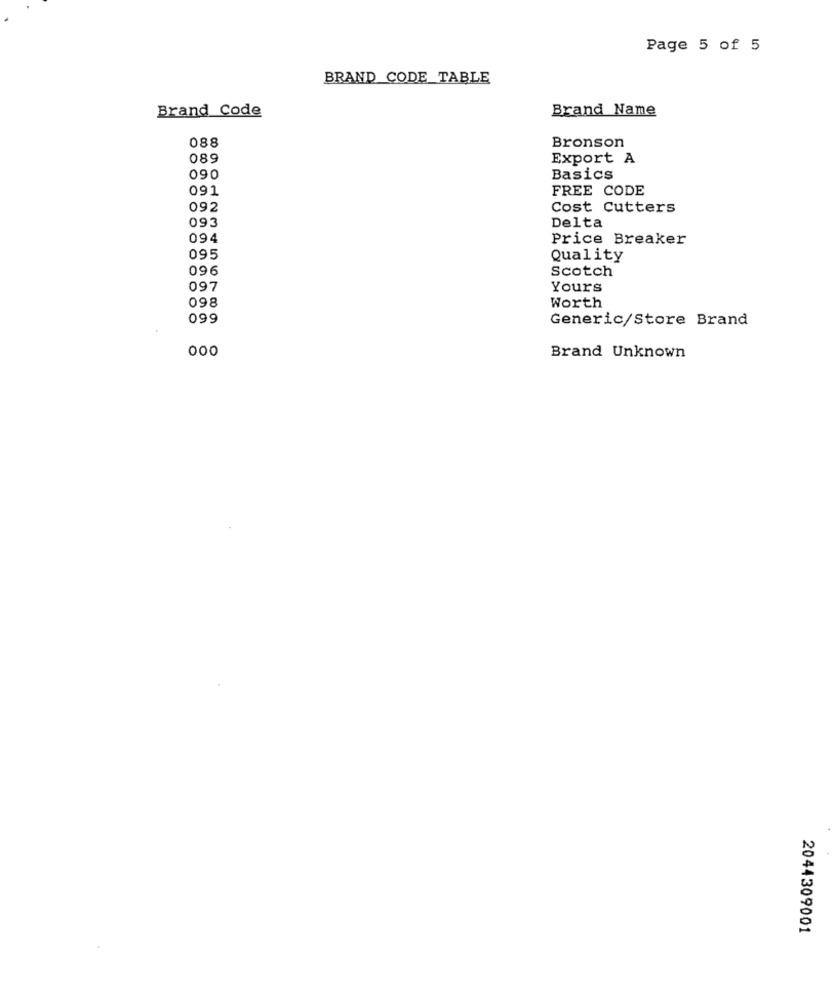
Page 5 of 5
BRAND CODE_TABLE
Brand Code
Brand Name
088
Bronson
089
Export A
090
Basics
091
FREE CODE
092
Cost Cutters
093
Delta
094
Price Breaker
095
Quality
096
Scotch
097
Yours
098
Worth
099
Generic/Store Brand
000
Brand Unknown
2044309001